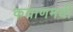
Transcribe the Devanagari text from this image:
कयाणमयी